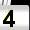
Digit: 4